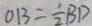
O B = \frac { 1 } { 2 } B D